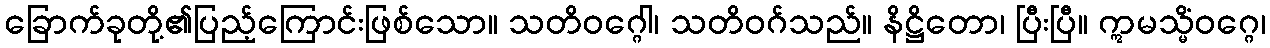
ခြောက်ခုတို့၏ပြည့်ကြောင်းဖြစ်သော။ သတိဝဂ္ဂေါ၊ သတိဝဂ်သည်။ နိဋ္ဌိတော၊ ပြီးပြီ။ ဣမသ္မိံဝဂ္ဂေ၊